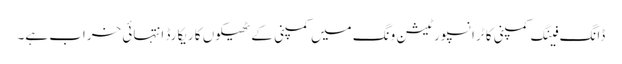
ڈانگ فینگ کمپنی کا ٹرانسپورٹیشن ونگ میں کمپنی کے ٹھیکوں کا ریکارڈ انتہائی خراب ہے۔